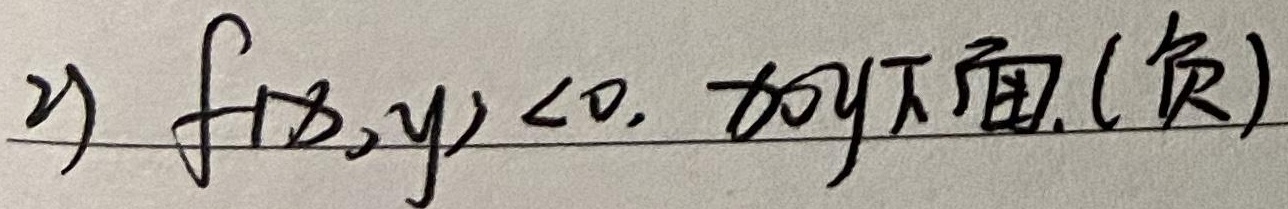
2) \(f(x,y)<0.\) 如\(y\)下面.(负)